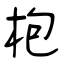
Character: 枹